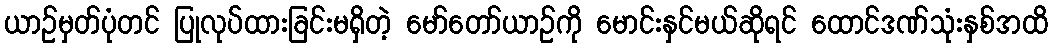
ယာဉ်မှတ်ပုံတင် ပြုလုပ်ထားခြင်းမရှိတဲ့ မော်တော်ယာဉ်ကို မောင်းနှင်မယ်ဆိုရင် ထောင်ဒဏ်သုံးနှစ်အထိ